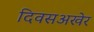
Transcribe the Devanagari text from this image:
दिवसअखेर